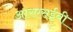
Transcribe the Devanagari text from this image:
आरएसईबी